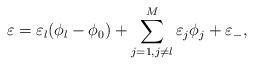
LaTeX: \begin{align*}\varepsilon = \varepsilon_l ( \phi_l -\phi_0) + \sum_{j=1, j\ne l}^M \varepsilon_j \phi_j + \varepsilon_-,\end{align*}